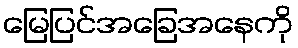
မြေပြင်အခြေအနေကို